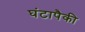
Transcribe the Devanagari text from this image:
घंटापैकी